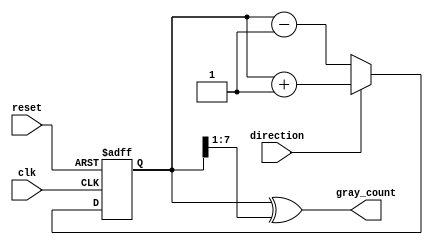
module gray_counter (
    input clk,
    input reset,
    input direction,
    output reg [7:0] gray_count
);

reg [7:0] current_count;

always @(posedge clk or posedge reset) begin
    if (reset) begin
        current_count <= 8'b00000000;
    end else begin
        if (direction) begin
            // Count up
            current_count <= current_count + 1;
        end else begin
            // Count down
            current_count <= current_count - 1;
        end
    end
end

assign gray_count = current_count ^ (current_count >> 1);

endmodule